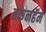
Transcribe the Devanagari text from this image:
बकेनहॅम